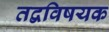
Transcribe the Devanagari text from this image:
तद्वविषयक